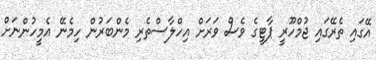
އޭގައި ތެރޭގައި ޖުމްހޫރީ ޕާޓީގެ ވެސް ވަރަށް އިހްލާސްތެރި މެންބަރުން ހިމެނޭ އެމީހުންނަށް